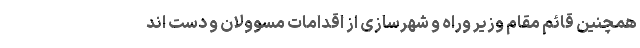
همچنین قائم مقام وزیر وراه و شهرسازی از اقدامات مسوولان و دست اند